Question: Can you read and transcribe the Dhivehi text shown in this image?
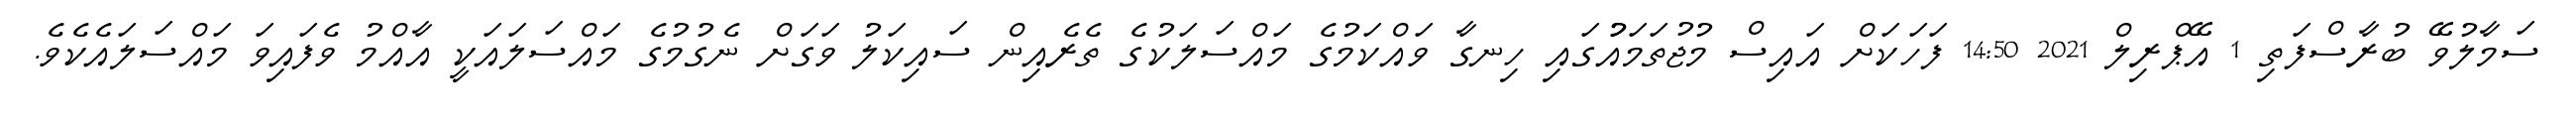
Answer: ސަމާލުވޭ ބުރާސްފަތި 1 އޭޕްރިލް 2021 14:50 ފަހަކަށް އައިސް މުޖުތަމައުުގައި ހިނގާ ވައްކަމުގެ މައްސަލަކުގެ ތެރެއިން ސައިކަލު ވަގަށް ނެގުމުގެ މައްސަލައަކީ އާއްމު ވެފައިވަ މައްސަލައެކެވެ.